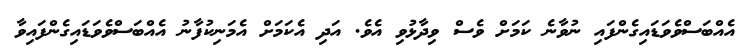
އެއްބަސްވެވަޑައިގެންފައި ނުވާނެ ކަމަށް ވެސް ވިދާޅުވި އެވެ. އަދި އެކަމަށް އެމަނިކުފާނު އެއްބަސްވެވަޑައިގެންފައިވާ